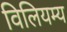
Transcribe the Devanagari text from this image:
विलियम्य